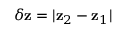
\delta \mathbf { z } = | \mathbf { z } _ { 2 } - \mathbf { z } _ { 1 } |